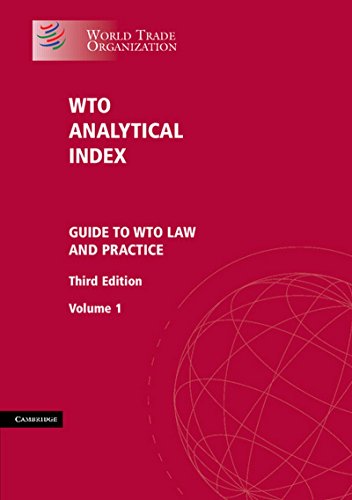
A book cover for WTO Analytical Index 2 Volume Set: Guide to WTO Law and Practice; Legal Affairs Division  World Trade Organization; Law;